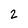
Character: 2